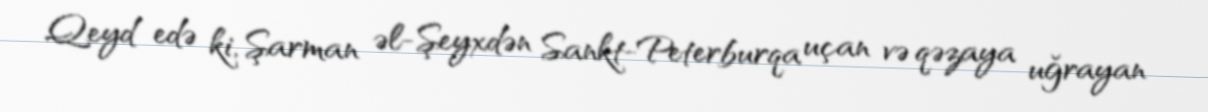
Qeyd edə ki, Şarman əl-Şeyxdən Sankt-Peterburqa uçan və qəzaya uğrayan